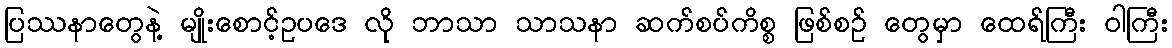
ပြဿနာတွေနဲ့ မျိုးစောင့်ဥပဒေ လို ဘာသာ သာသနာ ဆက်စပ်ကိစ္စ ဖြစ်စဉ် တွေမှာ ထေရ်ကြီး ဝါကြီး